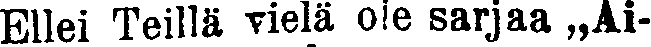
Ellei Teillä vielä oie sarjaa „Ai-